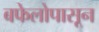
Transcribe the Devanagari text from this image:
बफेलोपासून